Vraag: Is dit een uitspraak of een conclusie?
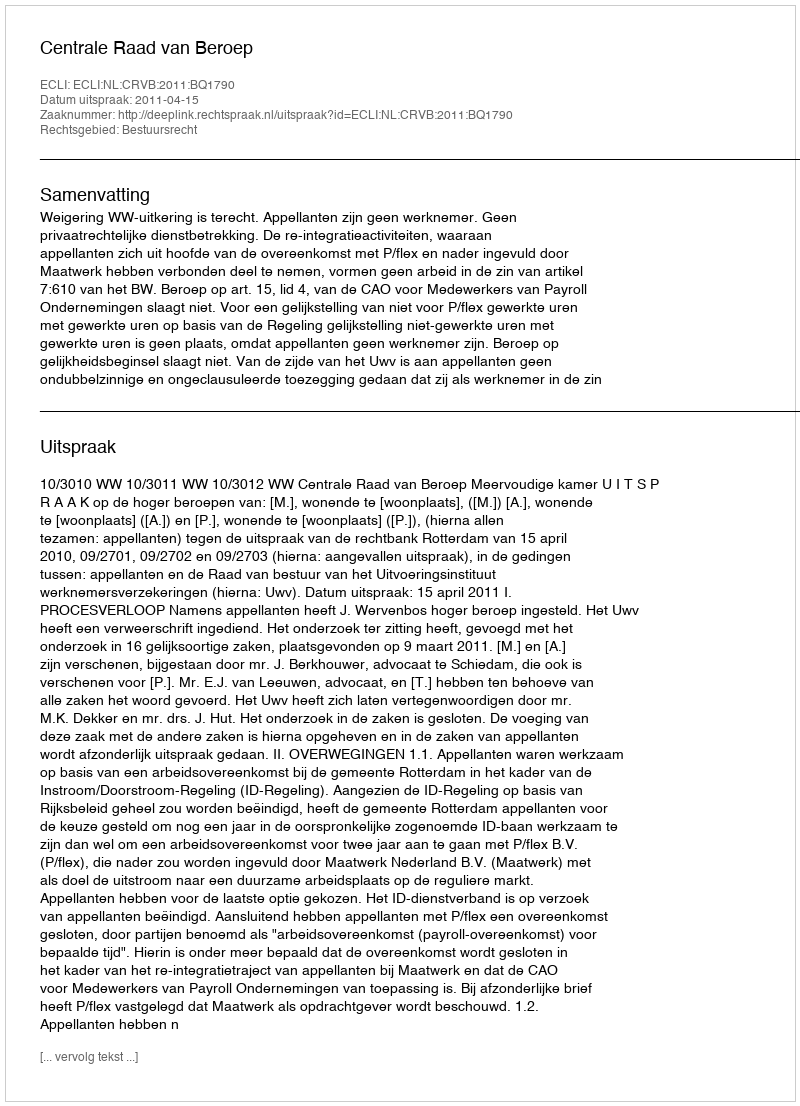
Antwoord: Uitspraak